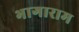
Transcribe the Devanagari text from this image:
भागाराम